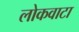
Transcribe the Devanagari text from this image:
लोकवाटा